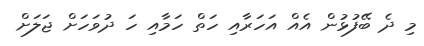
މި ދެ ބޭފުޅުން އެއް އަހަރާއި ހަތް ހަމާއި ހަ ދުވަހަށް ޖަލަށް